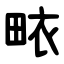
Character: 畩